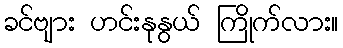
ခင်ဗျား ဟင်းနုနွယ် ကြိုက်လား။